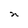
Character: n